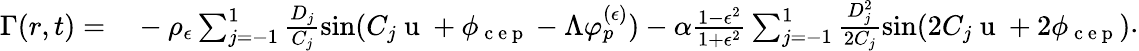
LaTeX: \begin{array}{rl}{\Gamma(r,t)=}&{{}-\rho_{\epsilon}\sum_{j=-1}^{1}\frac{D_{j}}{C_{j}}\sin(C_{j}\mathrm{~u~}+\phi_{\mathrm{~c~e~p~}}-\Lambda\varphi_{p}^{(\epsilon)})-\alpha\frac{1-\epsilon^{2}}{1+\epsilon^{2}}\sum_{j=-1}^{1}\frac{D_{j}^{2}}{2C_{j}}\sin(2C_{j}\mathrm{~u~}+2\phi_{\mathrm{~c~e~p~}})}\end{array}.